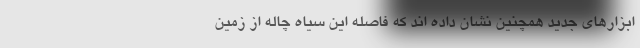
ابزارهای جدید همچنین نشان داده اند که فاصله این سیاه چاله از زمین